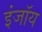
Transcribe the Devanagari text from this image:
इंजॉय